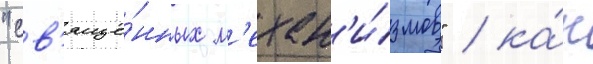
"св'яще́нных м'ехан'и́змов" / ка́к